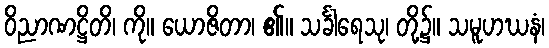
ဝိညာဏဋ္ဌိတိ၊ ကို။ ယောဇိတာ၊ ၏။ သင်္ခါရေသု၊ တို့၌။ သမူဟဃနံ၊